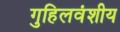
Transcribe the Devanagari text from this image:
गुहिलवंशीय